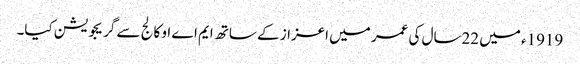
1919ء میں 22سال کی عمر میں اعزاز کے ساتھ ایم اے او کالج سے گریجویشن کیا۔